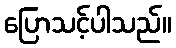
ပြောသင့်ပါသည်။